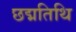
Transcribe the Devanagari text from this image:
छद्मतिथि